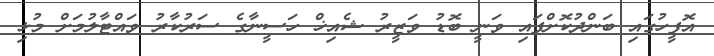
އޮފީހުގައި ބަންދުކޮށްފައި ވަނީ ބޮޑު ވަޒީރު ޝެއިޚް ހަސީނާގެ ސަރުކާރު ވައްޓާލުމަށް މުޅި